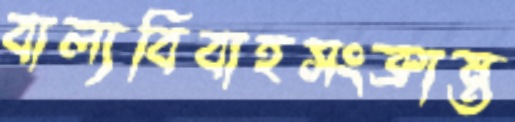
বাল্যবিবাহসংক্রান্ত